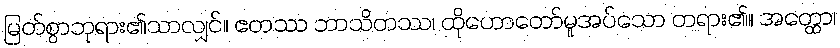
မြတ်စွာဘုရား၏သာလျှင်။ ဧတဿ ဘာသိတဿ၊ ထိုဟောတော်မူအပ်သော တရား၏။ အတ္ထော၊